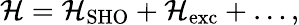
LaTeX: {\cal H}={\cal H}_{\mathrm{SHO}}+{\cal H}_{\mathrm{exc}}+\dots,